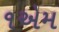
૧એમ